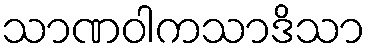
သာဏဝါကသာဒိသာ